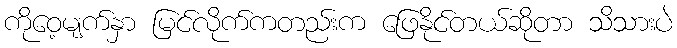
ကိုဝေ့မျက်နှာ မြင်လိုက်ကတည်းက ဖြေနိုင်တယ်ဆိုတာ သိသားပဲ